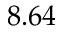
8 . 6 4